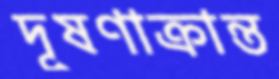
দূষণাক্রান্ত